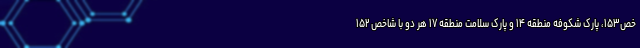
خص۱۵۳، پارک شکوفه منطقه ۱۴ و پارک سلامت منطقه ۱۷ هر دو با شاخص ۱۵۲